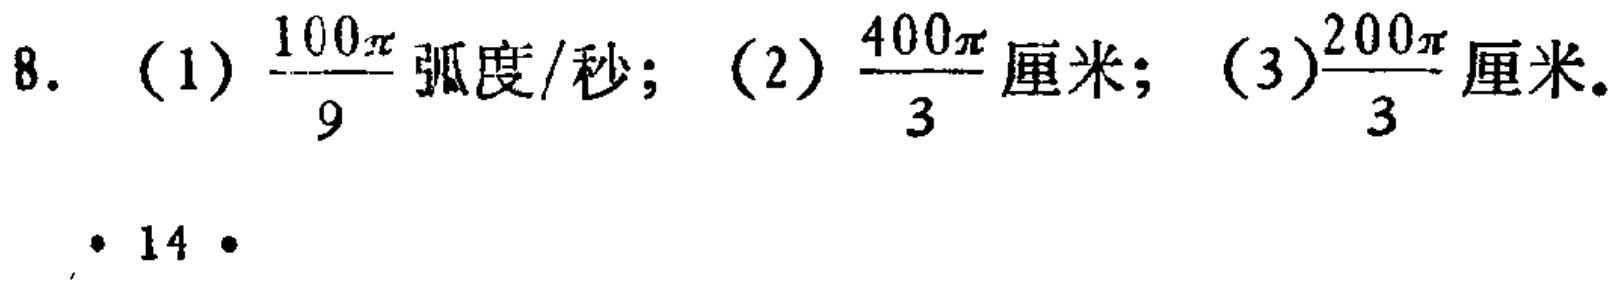
8. (1) $\frac{100\pi}{9}$ 弧度/秒; (2) $\frac{400\pi}{3}$ 厘米; (3)$\frac{200\pi}{3}$ 厘米.
14